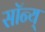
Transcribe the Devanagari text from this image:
सॉन्य्